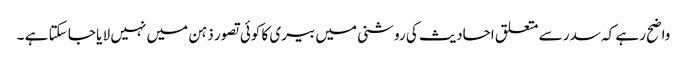
واضح رہے کہ سدر سے متعلق احادیث کی روشنی میں بیری کا کوئی تصور ذہن میں نہیں لا یا جا سکتا ہے ۔